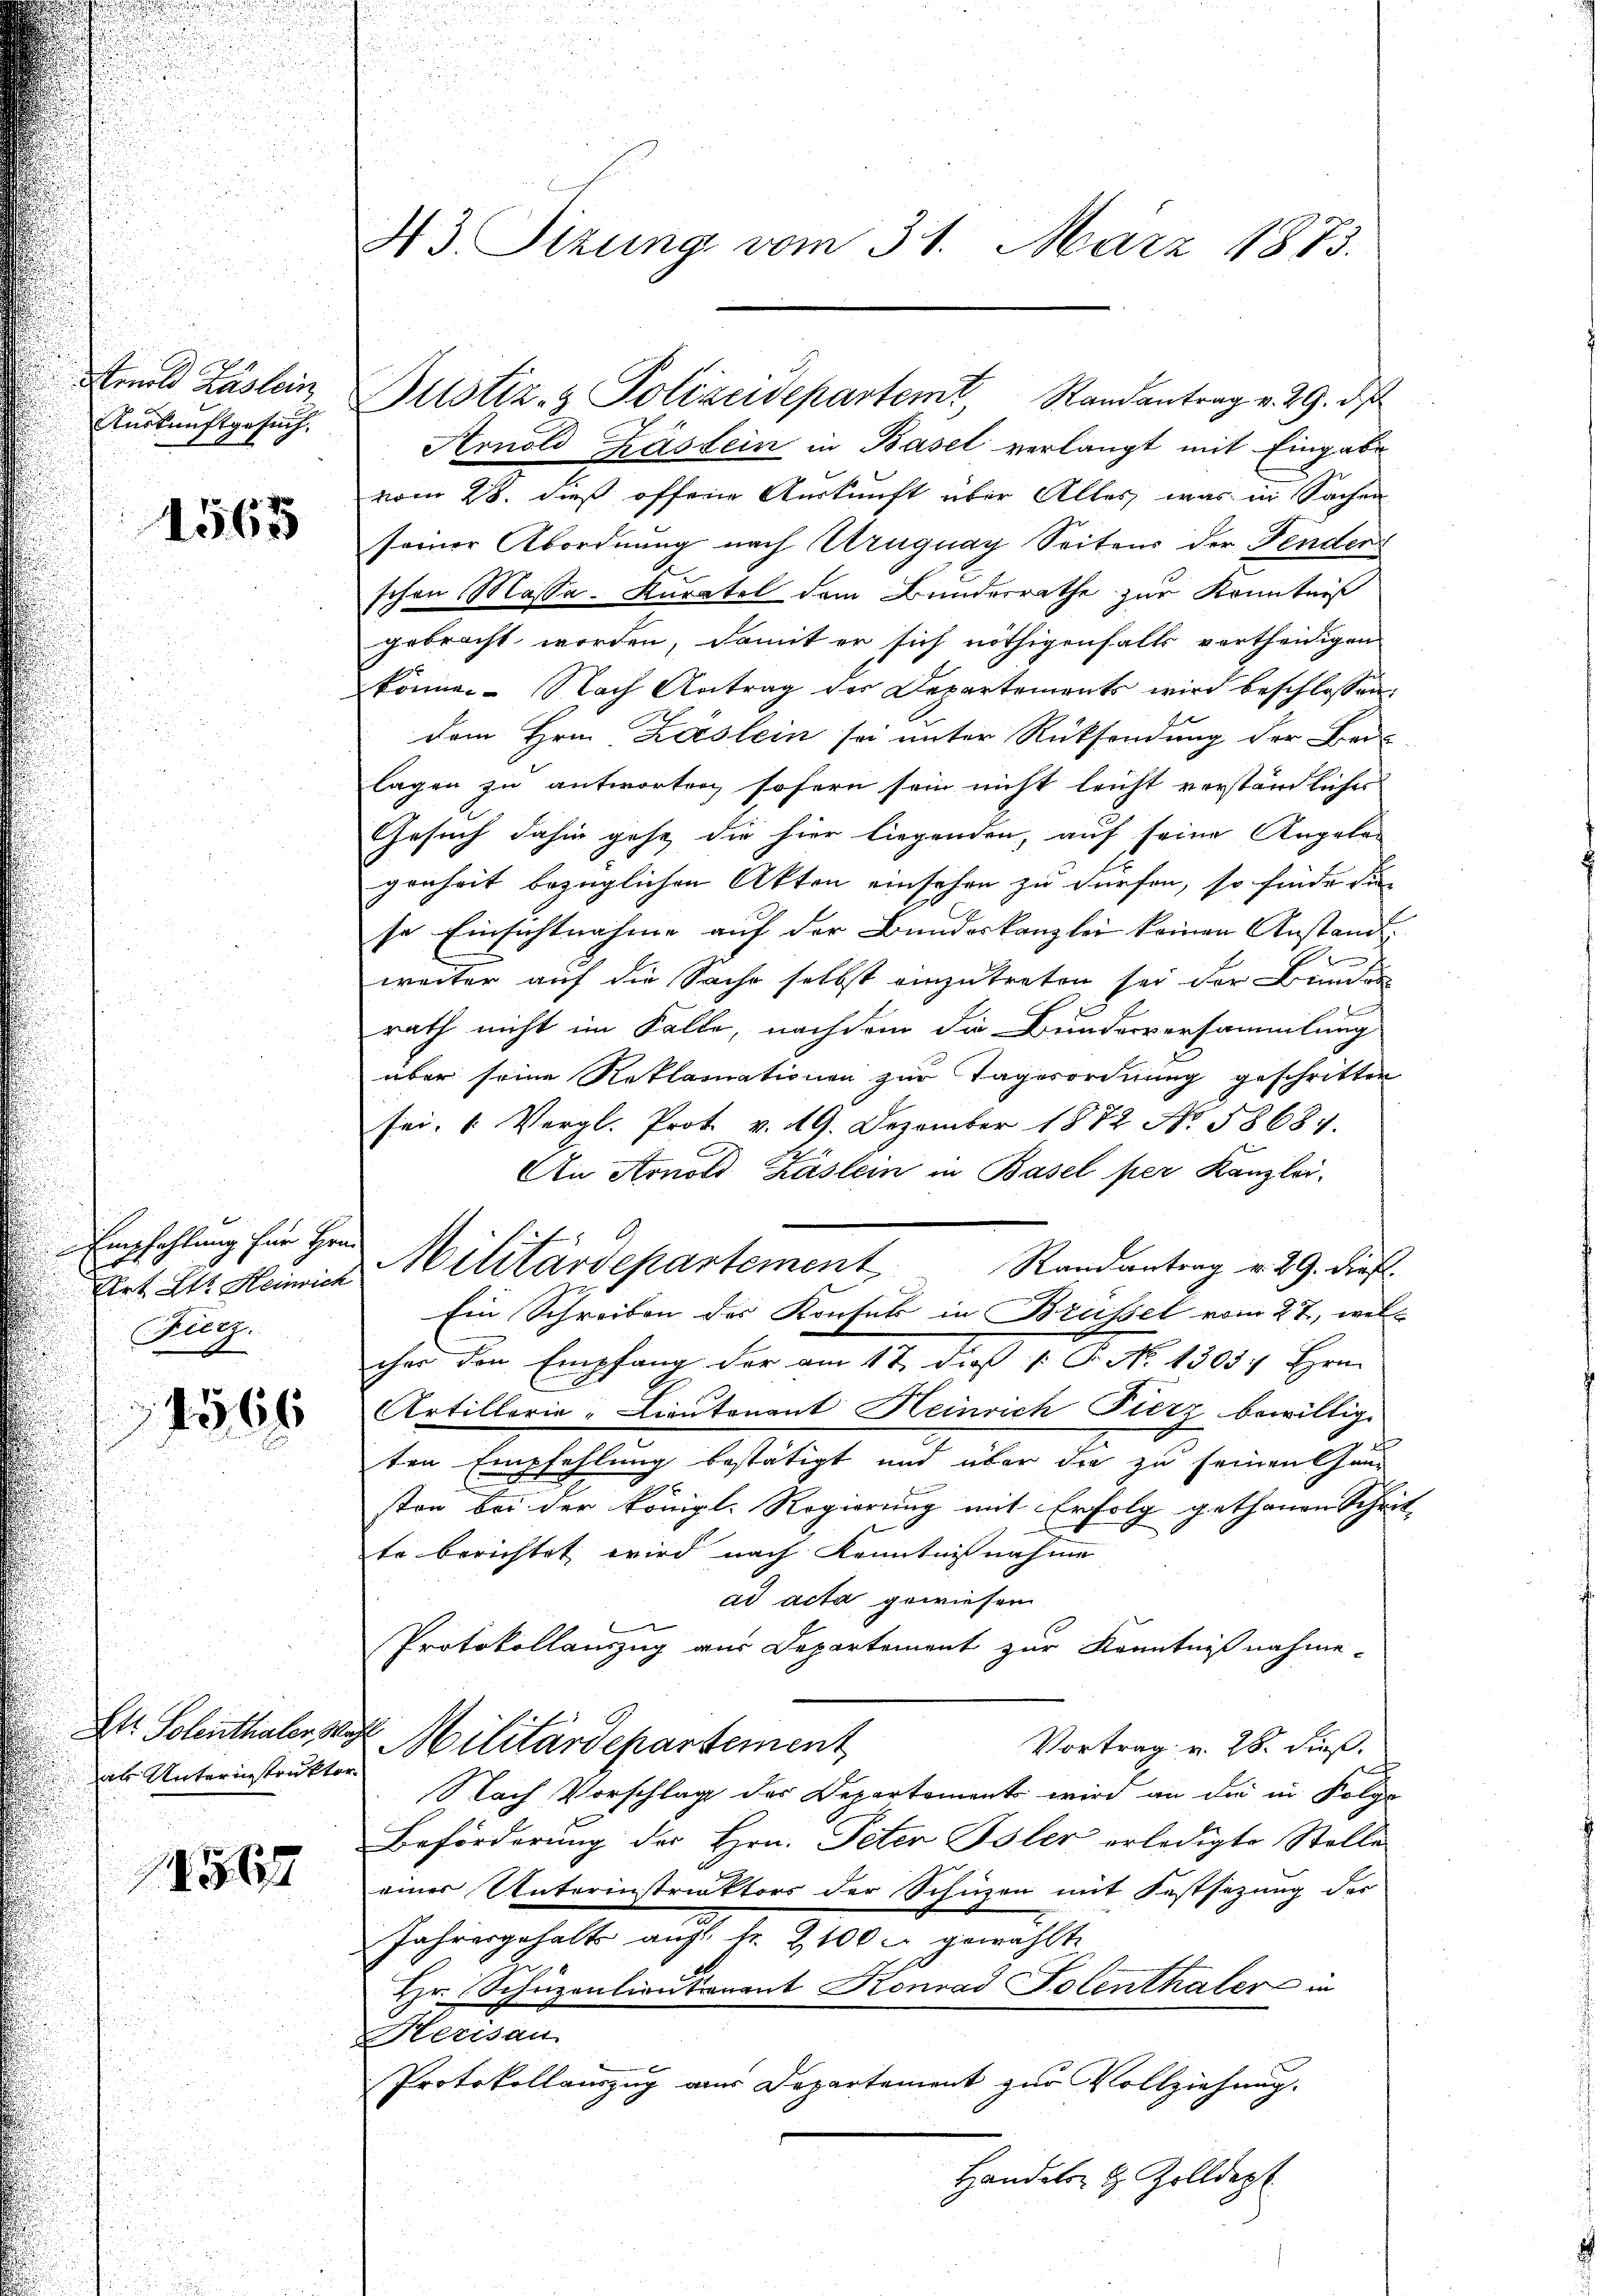
Arnold Kastein
Auskunftgesuch.

1565

Empfehlung für Hrn.
Art St. Heinrich
Fierz.
456

Str. Solenthaler Wag
als Unterinstruktor

14567

¬

43. Sizung vom 31. März 1873.

Arnold Kastein in Basel verlangt mit Eingabe
vom 28. dieß offene Auskunft über Alles, was in Sachen
seiner Abordnung nach Uruguay Seitens der Fenden
schon Masse. Kuratel dem Bunderrathe zur Kenntniß
gebracht worden, damit er sich nöthigenfalls vertheidigen
können. Nach Antrag des Departements wird beschlossen:
dem Hrn. Kaslein sei unter Rücksendung der Ber-
lagen zu antworten sofern sein nicht leicht verständliches
Gesuch dahin gehe, die hier liegenden, auf seine Angelagenheit bezüglichen Akten einsehen zu dürfen, so finde die
se Einsichtnahme auf der Bundeskanzlei keinen Anstand.
l
f
weiter auf die Sache selbst einzutreten sei der Brie
rath nicht im Falle, nachdem die Bundesversammlung
über seine Reklamationen zur Tagerordnung geschritten
sei. (Vergl. Prot. v. 19. Dezember 1872 No 58687.
An Arnold Käslein in Basel per Kanzlei.
cher den Empfang der am 17. dieß (: P. N. 1303) Hrn.
Artilloria-Lieutenant Heinrich Fierz bewillig.
ten Empfehlung bestätigt und über die zu seinen Ganz
sten bei der königl. Regierung mit Erfolg gethanen Schrit
te berichtet wird nach Kenntnißnahme
ad acta gewiesen
Protokollauszug aus Departement zur Kenntniß nahme¬
 Militärdepartement
Vortrag v. 28. dieß.
Nach Vorschlag des Departement wird an die in Folge
Beförderung der Hrn. Peter Poler erledigte Stelle
einer Unterinstruktors der Schüzen mit Festsezung des
Jahresgehalt auf fr. 2100 c. gewählte
Hr. Schuzentionsonant Konrad Polenthalere in
Herisau.
Protokollauszug aus Departement zur Vollziehung.
Handels- & Zolldept

Justiz- & Polizeidepartem Randantrag v. 29. d

Militärdepartement Randantrag v. 29. Diefl.
Ein Schreiben des Konsuls in Brüssel vom 27., wel¬